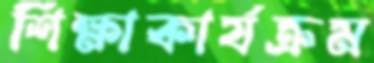
শিক্ষাকার্যক্রম